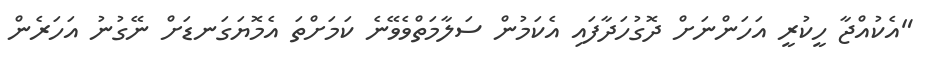
"އެކުއްޖާ ހީކުރީ އަހަންނަށް ދޮގުހަދާފައި އެކަމުން ސަލާމަތްވެވޭނެ ކަމަށްތަ އެމޮޔަގަނޑަށް ނޭގުނު އަހަރެން